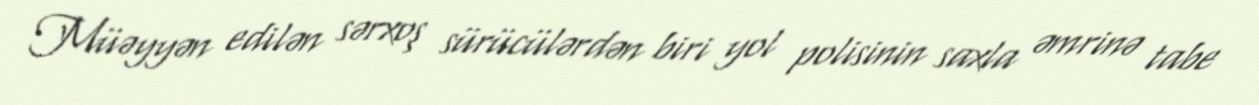
Müəyyən edilən sərxoş sürücülərdən biri yol polisinin saxla əmrinə tabe